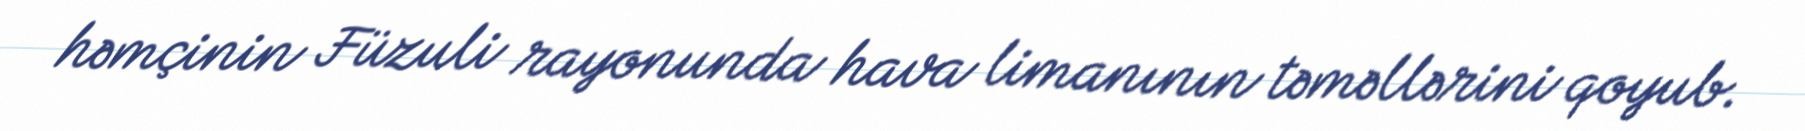
həmçinin Füzuli rayonunda hava limanının təməllərini qoyub.